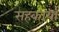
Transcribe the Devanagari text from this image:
सहकार्या